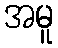
အမူ